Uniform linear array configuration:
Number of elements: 24
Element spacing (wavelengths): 0.5
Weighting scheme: hann
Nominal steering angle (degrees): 30
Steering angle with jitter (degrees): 31.128
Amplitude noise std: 0.05
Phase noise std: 0.05

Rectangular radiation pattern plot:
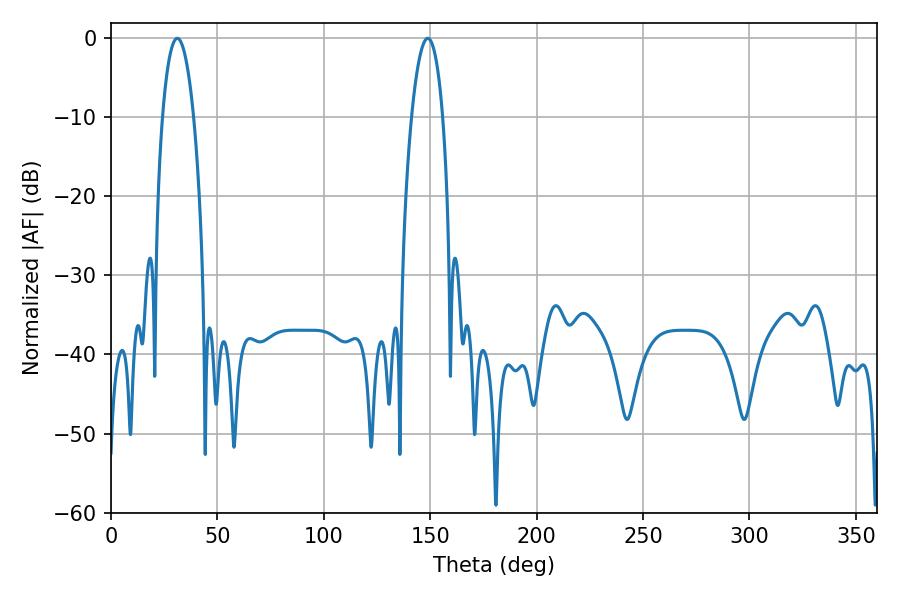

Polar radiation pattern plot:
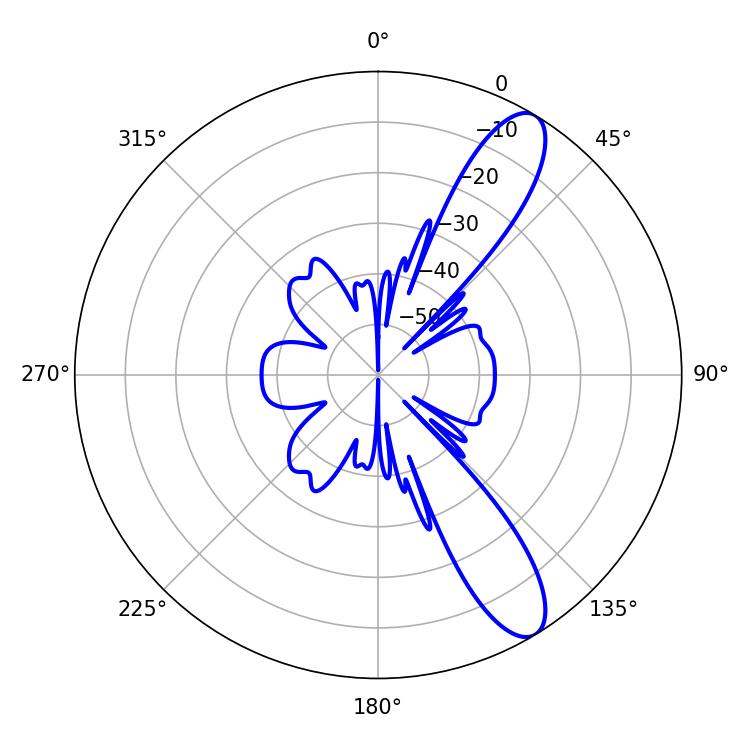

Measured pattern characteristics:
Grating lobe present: FALSE
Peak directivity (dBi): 11.025
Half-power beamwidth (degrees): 8.1
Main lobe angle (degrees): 31.14